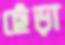
ছেঁড়া